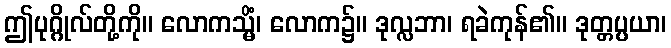
ဤပုဂ္ဂိုလ်တို့ကို။ လောကသ္မိံ၊ လောက၌။ ဒုလ္လဘာ၊ ရခဲကုန်၏။ ဒုတ္တပ္ပယာ၊